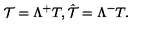
{ \cal T } = \Lambda ^ { + } T , \hat { \cal T } = \Lambda ^ { - } T .